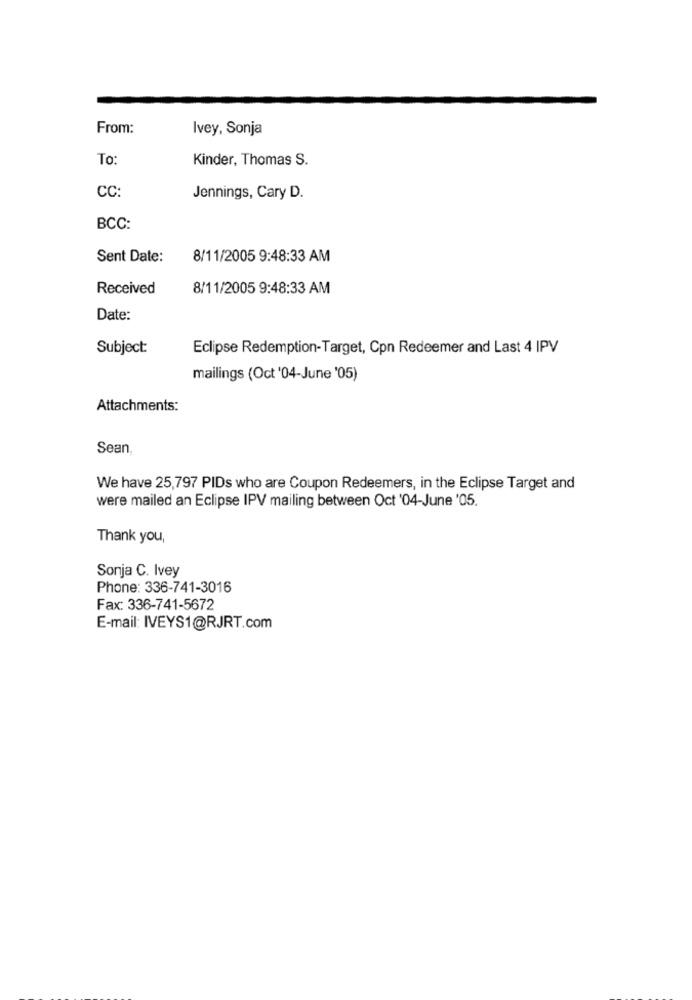
From:
Ivey, Sonja
To:
Kinder, Thomas S.
CC:
Jennings, Cary D.
BCC:
Sent Date:
8/11/2005 9:48:33 AM
Received
8/11/2005 9:48:33 AM
Date:
Subject:
Eclipse Redemption-Target, Con Redeemer and Last 4 IPV
mailings (Oct '04-June '05)
Attachments:
Sean
We have 25,797 PIDs who are Coupon Redeemers, in the Eclipse Target and
were mailed an Eclipse IPV mailing between Oct '04-June '05.
Thank you,
Sonja C. Ivey
Phone: 336-741-3016
Fax: 336-741-5672
E-mail: IVEYS1@RJRT.com